King Institute of Preventive Medicine Micro-Biological Section reports 1912-19
Year: 1912
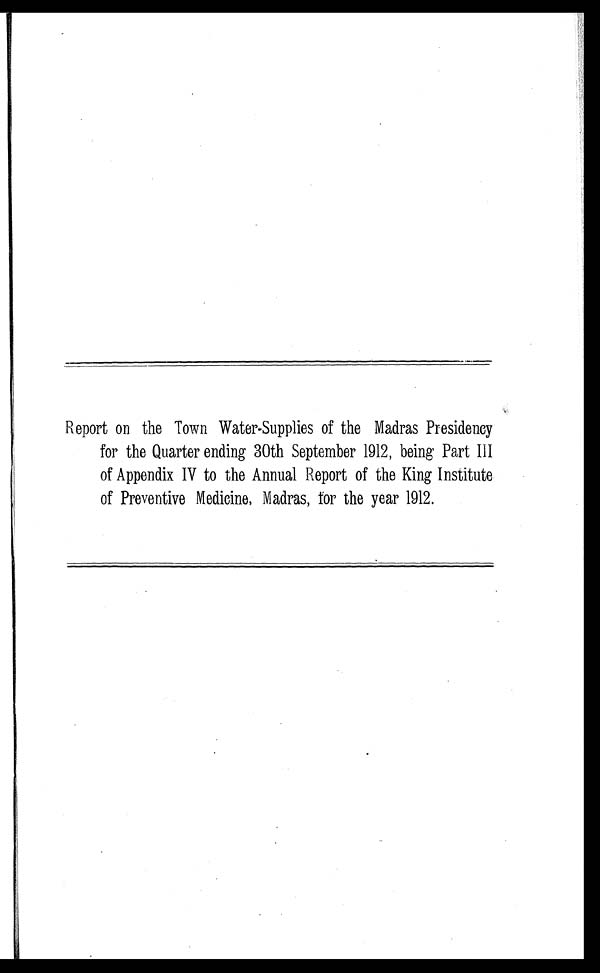
Report on the Town Water-Supplies of the Madras Presidency
for the Quarter ending 30th September 1912, being Part III
of Appendix IV to the Annual Report of the King Institute
of Preventive Medicine, Madras, for the year 1912.